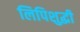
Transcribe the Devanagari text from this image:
लिपिशुद्धी